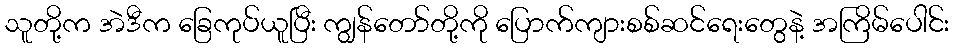
သူတို့က အဲဒီက ခြေကုပ်ယူပြီး ကျွန်တော်တို့ကို ပြောက်ကျားစစ်ဆင်ရေးတွေနဲ့ အကြိမ်ပေါင်း